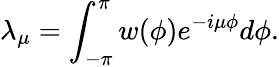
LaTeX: \lambda_{\mu}=\int_{-\pi}^{\pi}w(\phi)e^{-i\mu\phi}d\phi.